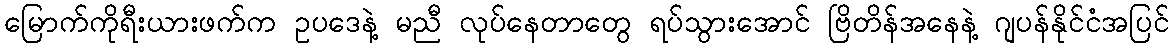
မြောက်ကိုရီးယားဖက်က ဥပဒေနဲ့ မညီ လုပ်နေတာတွေ ရပ်သွားအောင် ဗြိတိန်အနေနဲ့ ဂျပန်နိုင်ငံအပြင်